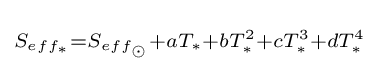
\scriptstyle S_{eff_{\ast }}=S_{eff_{\odot }}+aT_{\ast }+bT_{\ast }^{2}+cT_{\ast }^{3}+dT_{\ast }^{4}